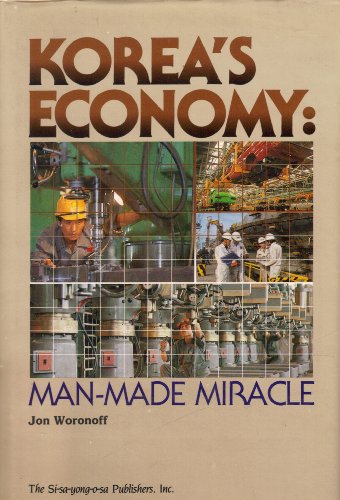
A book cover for Korea's Economy Man Made Miracle; J. Woronoff; Travel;